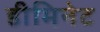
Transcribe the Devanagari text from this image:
डीमिनेट